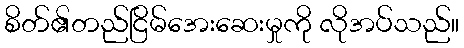
စိတ်၏တည်ငြိမ်အေးဆေးမှုကို လိုအပ်သည်။